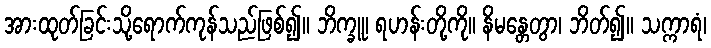
အားထုတ်ခြင်းသို့ရောက်ကုန်သည်ဖြစ်၍။ ဘိက္ခူ၊ ရဟန်းတို့ကို။ နိမန္တေတွာ၊ ဘိတ်၍။ သက္ကာရံ၊